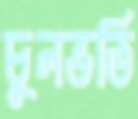
চুলভর্তি